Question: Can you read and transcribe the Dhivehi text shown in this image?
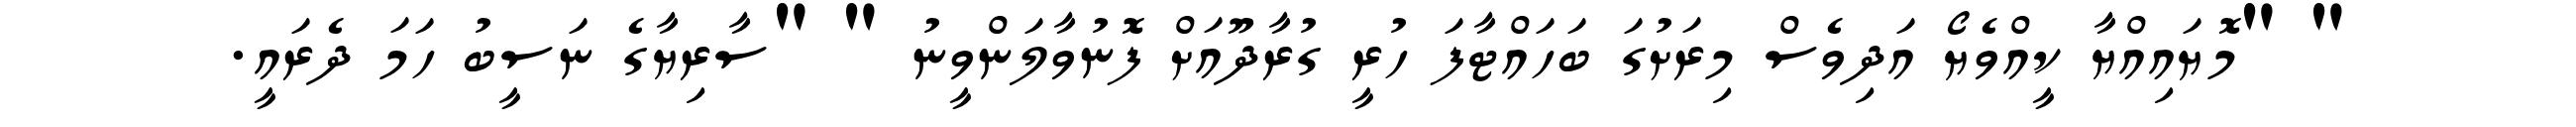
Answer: " "މޮޔައިއްޔާ ކީއްވެޔޯ އަދިވެސް މިރަށުގަ ބަހައްޓާފަ ހުރީ ގުރާދޫއަށް ފޮނުވާލަންވީނު " "ސާރިޔާގެ ނަސީބު ހަމަ ދެރައީ.